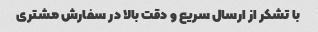
با تشکر از ارسال سریع و دقت بالا در سفارش مشتری